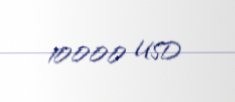
10000 USD